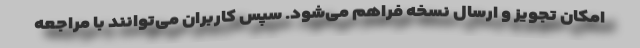
امکان تجویز و ارسال نسخه فراهم می‌شود. سپس کاربران می‌توانند با مراجعه